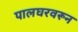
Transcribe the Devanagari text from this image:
पालघरवरून